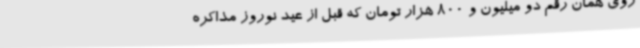
روی همان رقم دو میلیون و 800 هزار تومان که قبل از عید نوروز مذاکره